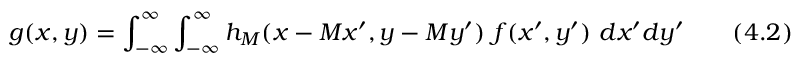
g ( x , y ) = \int _ { - \infty } ^ { \infty } \int _ { - \infty } ^ { \infty } h _ { M } ( x - M x ^ { \prime } , y - M y ^ { \prime } ) ~ f ( x ^ { \prime } , y ^ { \prime } ) ~ d x ^ { \prime } d y ^ { \prime } ~ ~ ~ ~ ~ ~ ( 4 . 2 )